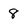
Character: 8